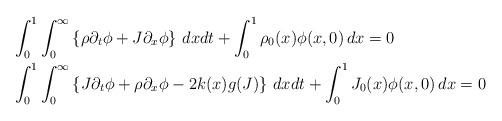
LaTeX: \begin{align*}& \int_0^1\int_{0}^{\infty} \left\{ \rho \partial_t \phi + J \partial_x \phi\right\}\,dxdt + \int_0^1 \rho_0(x) \phi(x,0)\,dx =0\\& \int_0^1\int_{0}^\infty \left\{ J \partial_t \phi + \rho \partial_x \phi - 2k(x) g(J)\right\}\,dxdt + \int_0^1 J_0(x) \phi(x,0)\,dx =0\end{align*}